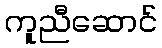
ကူညီဆောင်